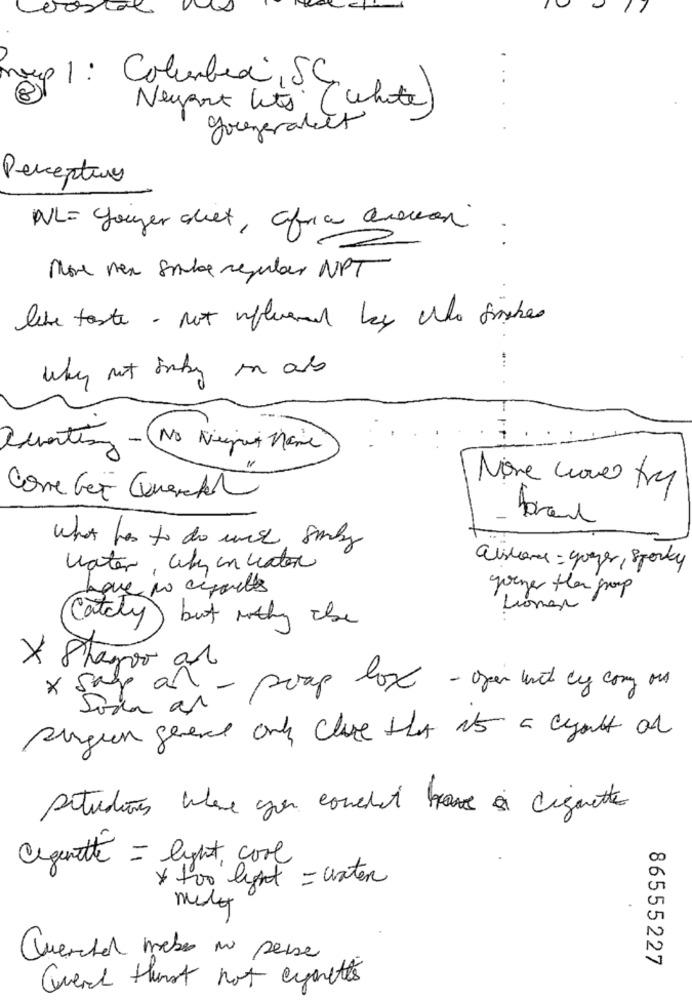
nep 1: Columbia, SC
Newport lits (white)
gorgeralett
Perceptune
NL= youger diet, africa avevon .
=
More then soube regular NPT
like toste - not infernal ley who fishes
why not funky on als
None wowe try
Corre Ger Cuenten
bran
what has to do with somly
alsore : yoger, Sporty
water, city in water
have no reports
younes then group
Lomas
Cataly but nothy Ile
× 8 harvo al
aar- prop lox - open with cy come out
surgeon general only clase that is a cult of
situations where you couchet have a cigarette
Cigarette = light cool
y too light = water
Chercher mebe mi pense
86555227
Quead thirst not eymettes